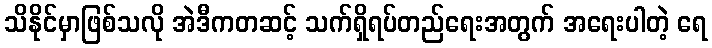
သိနိုင်မှာဖြစ်သလို အဲဒီကတဆင့် သက်ရှိရပ်တည်ရေးအတွက် အရေးပါတဲ့ ရေ